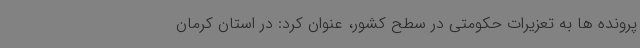
پرونده ها به تعزیرات حکومتی در سطح کشور، عنوان کرد: در استان کرمان